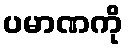
ပမာဏကို